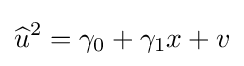
{\widehat {u}}^{2}=\gamma _{0}+\gamma _{1}x+v